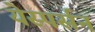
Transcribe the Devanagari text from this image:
येस्पर्सन